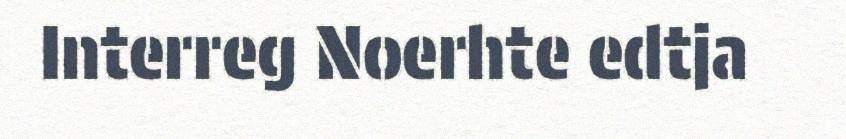
Interreg Noerhte edtja